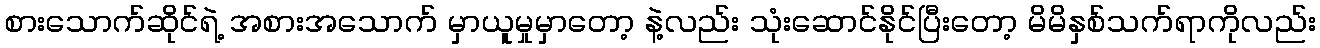
စားသောက်ဆိုင်ရဲ့ အစားအသောက် မှာယူမှုမှာတော့ နဲ့လည်း သုံးဆောင်နိုင်ပြီးတော့ မိမိနှစ်သက်ရာကိုလည်း